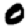
Digit: 0